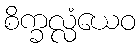
စိက္ခလ္လံယေဝ